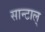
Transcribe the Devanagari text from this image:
सान्टाल्